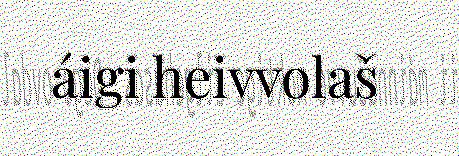
áigi heivvolaš